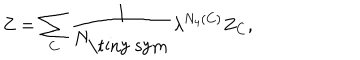
LaTeX: Z = \sum _ { C } \frac { 1 } { N _ { \mathrm { \tiny ~ s y m } } } \lambda ^ { N _ { 4 } ( C ) } Z _ { C } ,